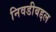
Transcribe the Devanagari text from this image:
निवडीबद्दल